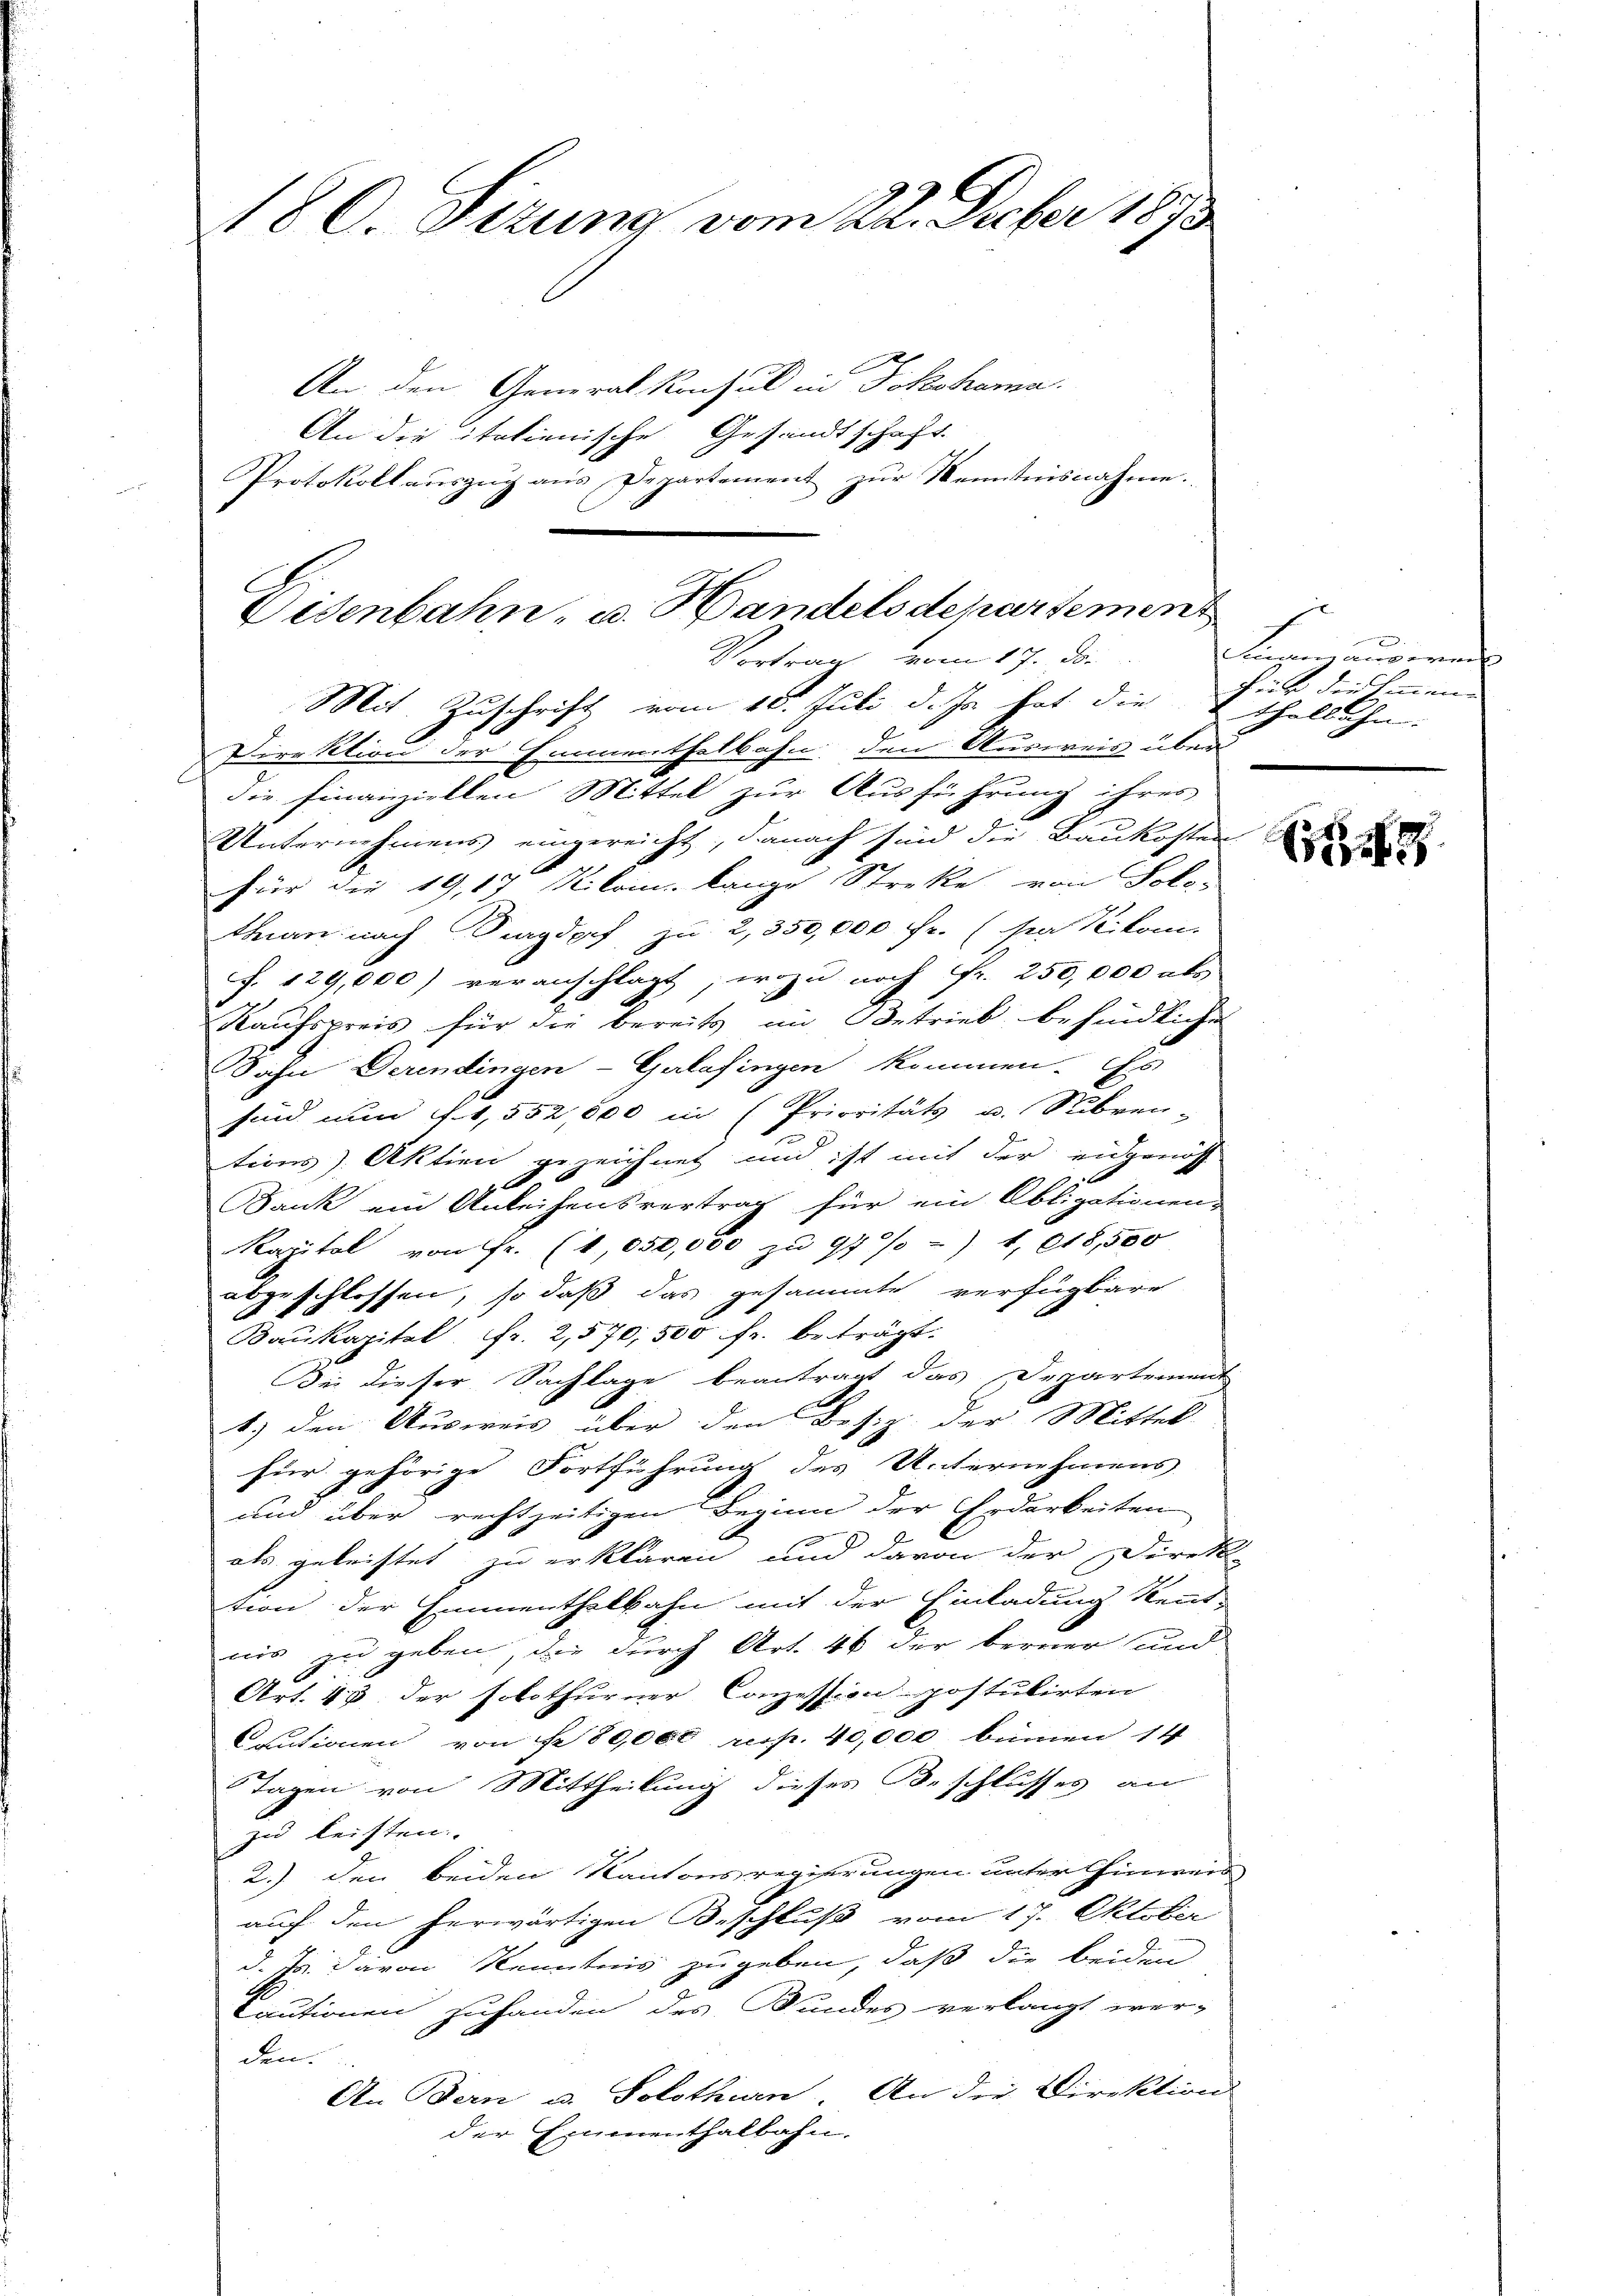
180. Sizung vom 22. Septer 1873

An den General Konsul in Dokohama.
An die italienische Gesandtschaft.
Protokollaŭszŭg ans Departement zŭr Kenntnisnahme.

Direktion der Emmenthalbahn den Ausweis über
die Finanziellen Mittel zur Ausführung ihres
Unternehmens eingereicht, danach sind die Baukosten
für die 19,17 Kiloin lange Streke von Solo-
than nach Burgdorf zu 2,550,000 fr. (sie Kilom
f. 129,000) veranschlagt, wozu noch Fr. 250,000 als
Kaŭfspreis für die bereits im Betrieb befindliche
Dahn derendingen - Gulafingen kommen. Es
sind nun 1,552,500 in (Prioritäts u. Subven-
tions Aktien gezeichnet und ist mit der eidgenöss
100
Bank ein Anleihensvertrag für ein Obligationens
Kapital von Fr. (1,050,000 zu 97/ 1. 618,500
abgeschlossen, so daß das gesammte verfügbare
Baukapital Fr. 2,570, 500 fr. beträgt.
Die dieser Sachlage beantragt das Departement
1) den Ausweis über den Besiz der Mittel
für gehörige Fortführung des Unternehmens
und über rechtzeitigen Beginn der Erdarbeiten
als geleistet zu erklären, und davon der Direkt
tion der Emmenthalbahn mit der Einladung kennt-
nis zu geben, die durch Art. 46 der berner und
Art. 43 der solothurner Conzession postulirten
Cautionen von Nr. 80,000 resp. 40,000 binnen 14
Tagen von Mittheilung dieses Beschlusses an
zu leisten.
2.) den beiden Kantonsregierungen unter hinreis
auf den herwärtigen Beschluß vom 17. Oktober
d. Js. davon Kenntnis zugeben, daß die beiden
Cautionen zuhanden des Bundes verlangt wer-
den.
An Bern u. Solothurn. An die Direktion
der Emmenthalbahn.

Visenbahn- u. Handelsdepartement
Vortrag vom 17. ds.
Mit Zuschrift vom 10. Juli d. Js. hat die für die Immen

Lesenzausiren
thelbahn.

3